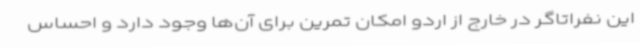
این نفراتاگر در خارج از اردو امکان تمرین برای آن‌ها وجود دارد و احساس